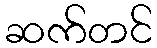
ဆက်တင်